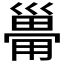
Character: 𰏆